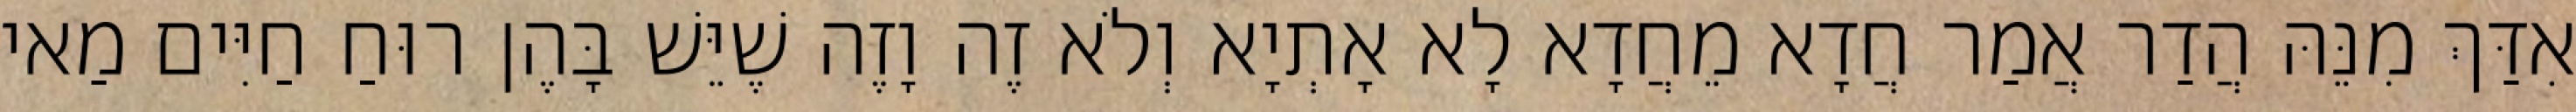
אִדַּךְ מִנֵּהּ הֲדַר אֲמַר חֲדָא מֵחֲדָא לָא אָתְיָא וְלֹא זֶה וָזֶה שֶׁיֵּשׁ בָּהֶן רוּחַ חַיִּים מַאי